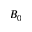
B _ { 0 }